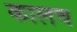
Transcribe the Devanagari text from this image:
कालच